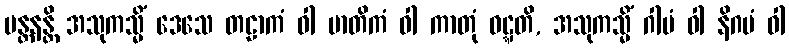
မန္တနန္တိ အသုကသ္မိံ ဒေသေ တဠာကံ ဝါ မာတိကံ ဝါ ကာတုံ ဝဋ္ဋတိ, အသုကသ္မိံ ဂါမံ ဝါ နိဂမံ ဝါ